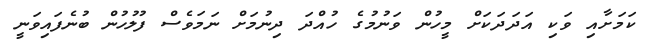
ކަމަށާއި ވަކި އަދަދަކަށް މީހުން ވަނުމުގެ ހުއްދަ ދިނުމަށް ނަމަވެސް ފުލުހުން ބުނެފައިވަނީ